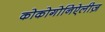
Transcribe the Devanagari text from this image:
कोकोगोनिऐलीज़